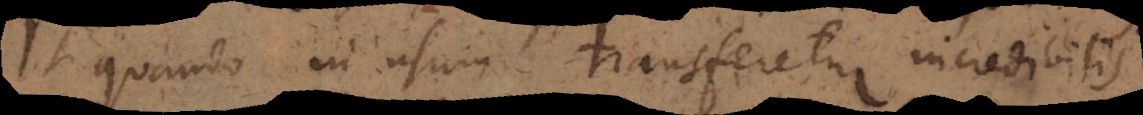
quando in usum transferetur incredibilis